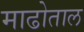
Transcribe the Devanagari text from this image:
माढोताल